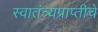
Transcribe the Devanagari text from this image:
स्वातंत्र्यप्राप्तीचे